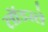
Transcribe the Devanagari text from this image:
लॉडरले